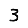
Digit: 3